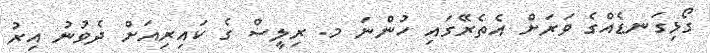
ގޯޅިގަނޑެއްގެ ވަރަށް އެތެރޭގައި ހުންނަ މ. ރިލީސް ގެ ކައިރިއަށް ދެވުނު އިރު